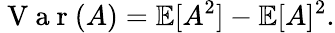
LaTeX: \mathrm{~V~a~r~}(A)=\mathbb{E}[A^{2}]-\mathbb{E}[A]^{2}.